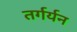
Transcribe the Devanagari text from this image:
तर्गर्यन